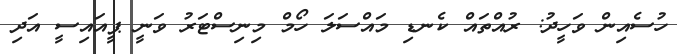
ހުސެއިން ވަހީދު: ރުއްތައް ކެނޑި މައްސަލަ ހޯމް މިނިސްޓަރު ވަނީ ޕީއައިސީ އަދި